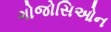
ગોજોસિઓન